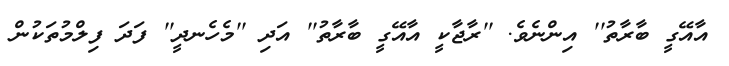
އާއޭގީ ބާރާތު'' އިންނެވެ. ''ރާޖާކީ އާއޭގީ ބާރާތު'' އަދި ''މެހެނދީ'' ފަދަ ފިލްމުތަކުން